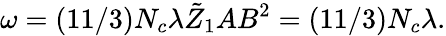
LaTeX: \omega=(11/3)N_{c}\lambda\tilde{Z}_{1}AB^{2}=(11/3)N_{c}\lambda.